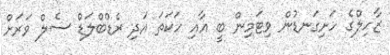
ޒާހިލްގެ ހަށިގަނޑުން ވިޓަމިން ބީ އާއި ހަކަތަ އަދި ރެޑްބްލަޑް ސެލް ވަރަށް